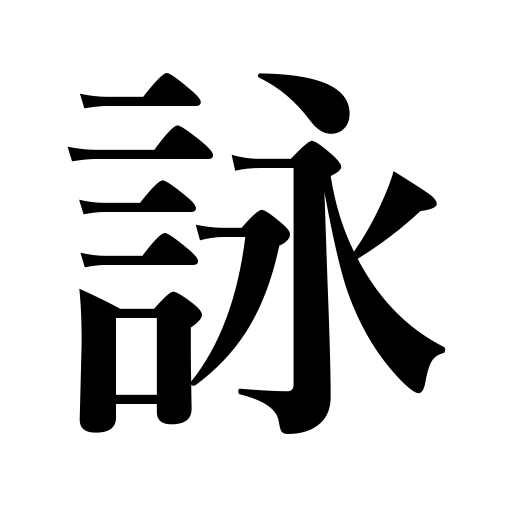
Meanings: song,recite,singing,chant,composing,poem